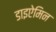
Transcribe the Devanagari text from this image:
डाइऐमिन